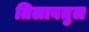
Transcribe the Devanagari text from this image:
तिलावतुल